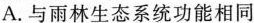
A.与雨林生态系统功能相同